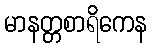
မာနတ္တစာရိကေန